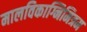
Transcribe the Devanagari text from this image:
मालविकाग्निमित्रम